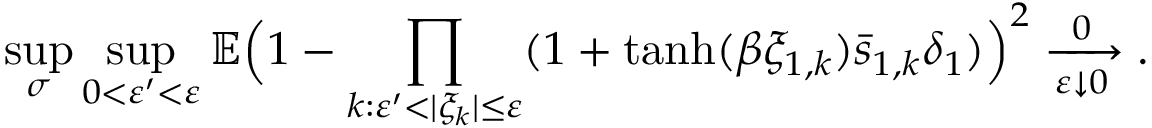
\operatorname* { s u p } _ { \sigma } \operatorname* { s u p } _ { 0 < \varepsilon ^ { \prime } < \varepsilon } \mathbb E \Bigl ( 1 - \prod _ { k : \varepsilon ^ { \prime } < | \xi _ { k } | \le \varepsilon } ( 1 + \operatorname { t a n h } ( \beta \xi _ { 1 , k } ) \bar { s } _ { 1 , k } \delta _ { 1 } ) \Bigr ) ^ { 2 } \xrightarrow [ \varepsilon \downarrow 0 ] 0 .